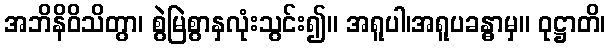
အဘိနိဝိသိတွာ၊ စွဲမြဲစွာနှလုံးသွင်း၍။ အရူပါ၊အရူပခန္ဓာမှ။ ဝုဋ္ဌာတိ၊